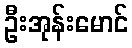
ဦးအုန်းမောင်